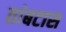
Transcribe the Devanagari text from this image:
तांबटास